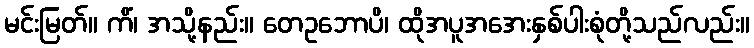
မင်းမြတ်။ ကိံ၊ အသို့နည်း။ တေဥဘောပိ၊ ထိုအပူအအေးနှစ်ပါးစုံတို့သည်လည်း။